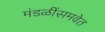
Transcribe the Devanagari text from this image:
मंडळींसमवेत